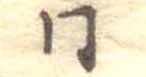
同